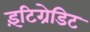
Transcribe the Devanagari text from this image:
इंटिग्रेडिट